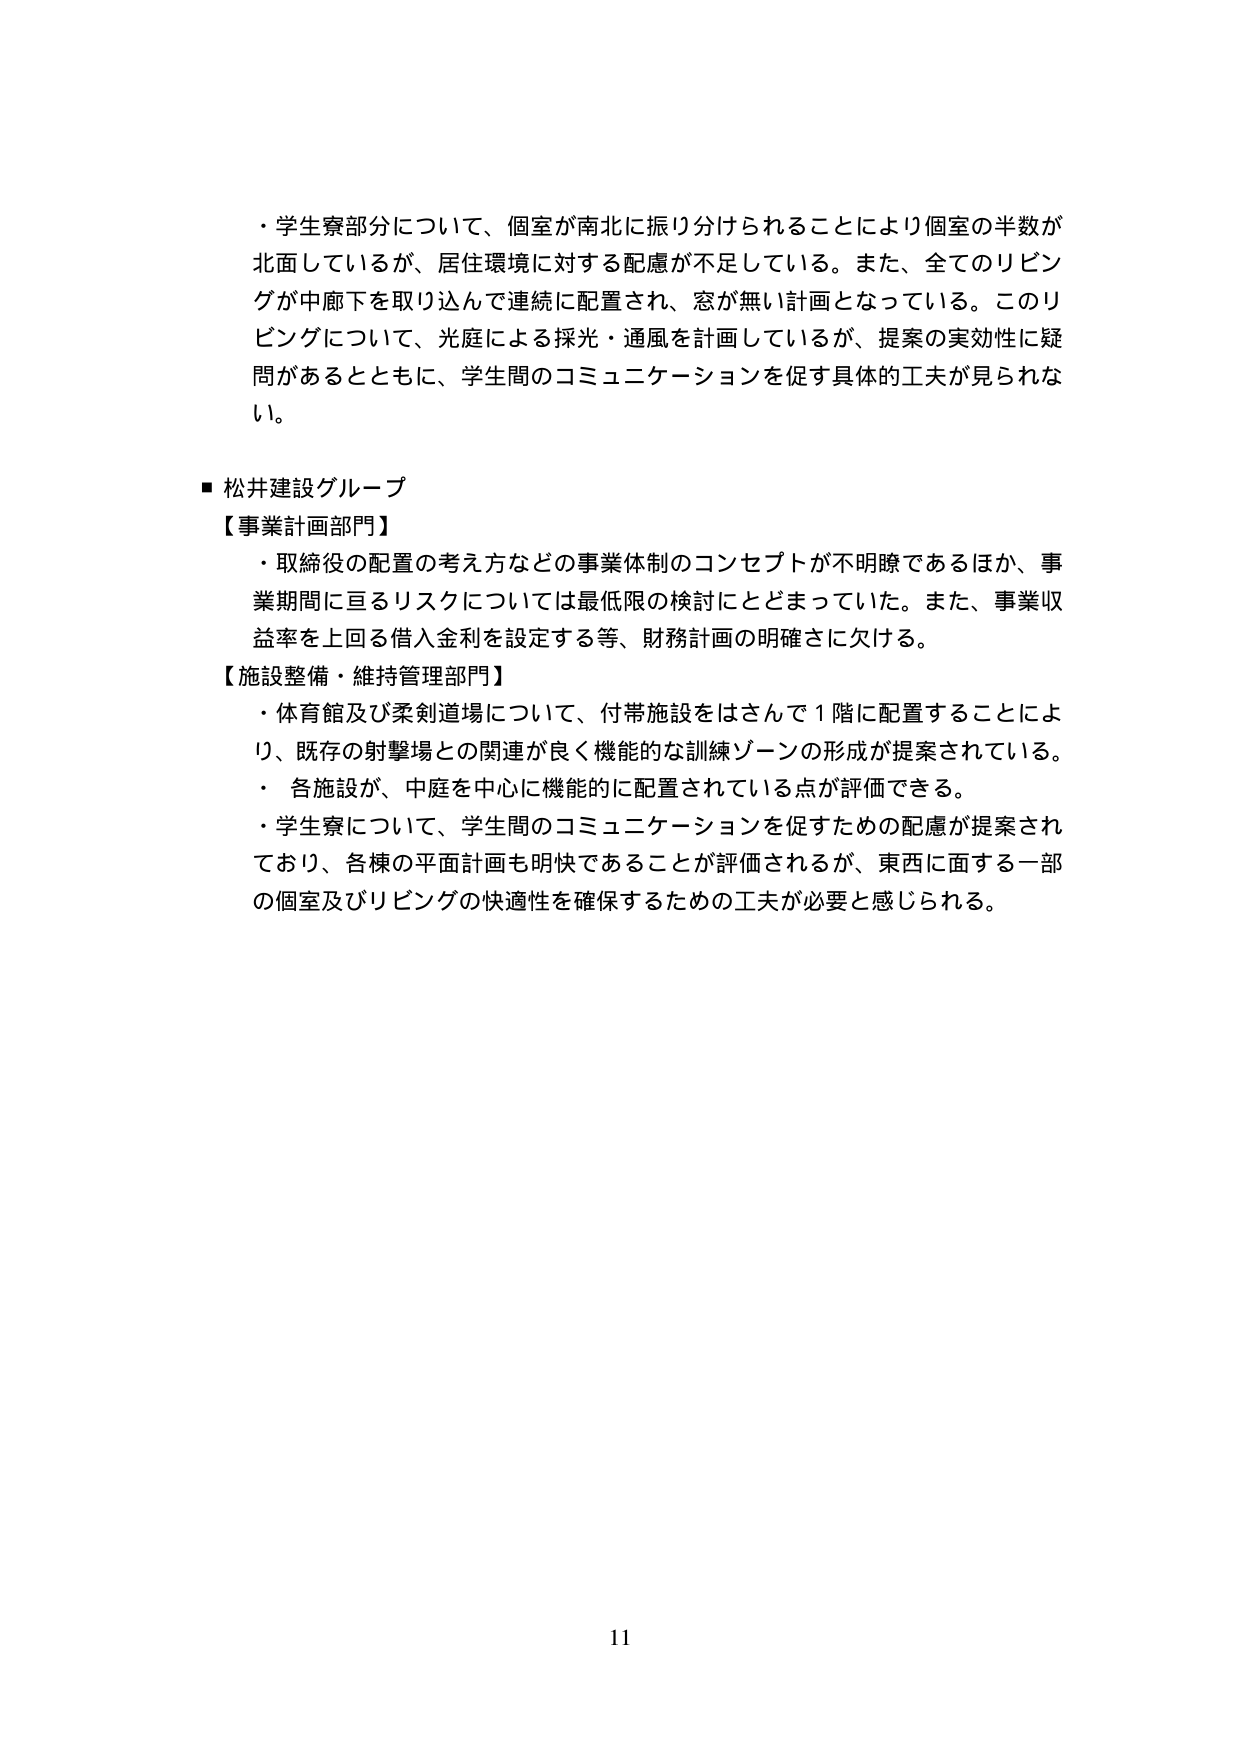
・学生寮部分について、個室が南北に振り分けられることにより個室の半数が北面しているが、居住環境に対する配慮が不足している。また、全てのリビングが中廊下を取り込んで連続に配置され、窓が無い計画となっている。このリビングについて、光庭による採光・通風を計画しているが、提案の実効性に疑問があるとともに、学生間のコミュニケーションを促す具体的工夫が見られない。

■ 松井建設グループ
【事業計画部門】
・取締役の配置の考え方などの事業体制のコンセプトが不明瞭であるほか、事業期間に亘るリスクについては最低限の検討にとどまっていた。また、事業収益率を上回る借入金利を設定する等、財務計画の明確さに欠ける。
【施設整備・維持管理部門】
・体育館及び柔剣道場について、付帯施設をはさんで1階に配置することにより、既存の射撃場との関連が良く機能的な訓練ゾーンの形成が提案されている。
・各施設が、中庭を中心に機能的に配置されている点が評価できる。
・学生寮について、学生間のコミュニケーションを促すための配慮が提案されており、各棟の平面計画も明快であることが評価されるが、東西に面する一部の個室及びリビングの快適性を確保するための工夫が必要と感じられる。

11